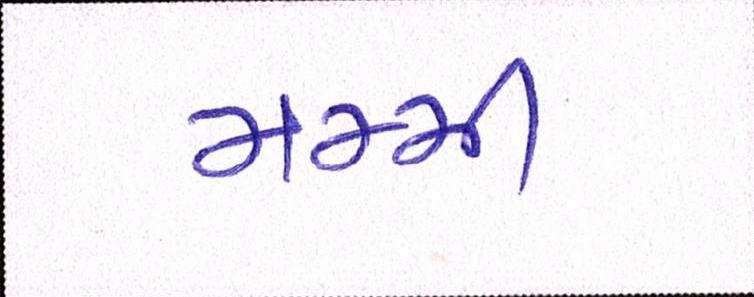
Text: મમ્મી